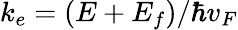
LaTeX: k_{e}=(E+E_{f})/\hbar v_{F}